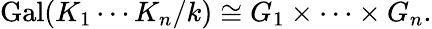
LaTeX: \operatorname{Gal}(K_{1}\cdots K_{n}/k)\cong G_{1}\times\cdots\times G_{n}.